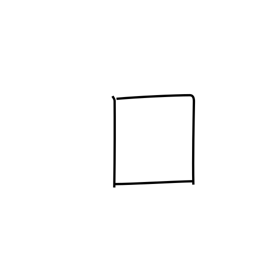
Meaning: box or enclosure radical (no. 31)